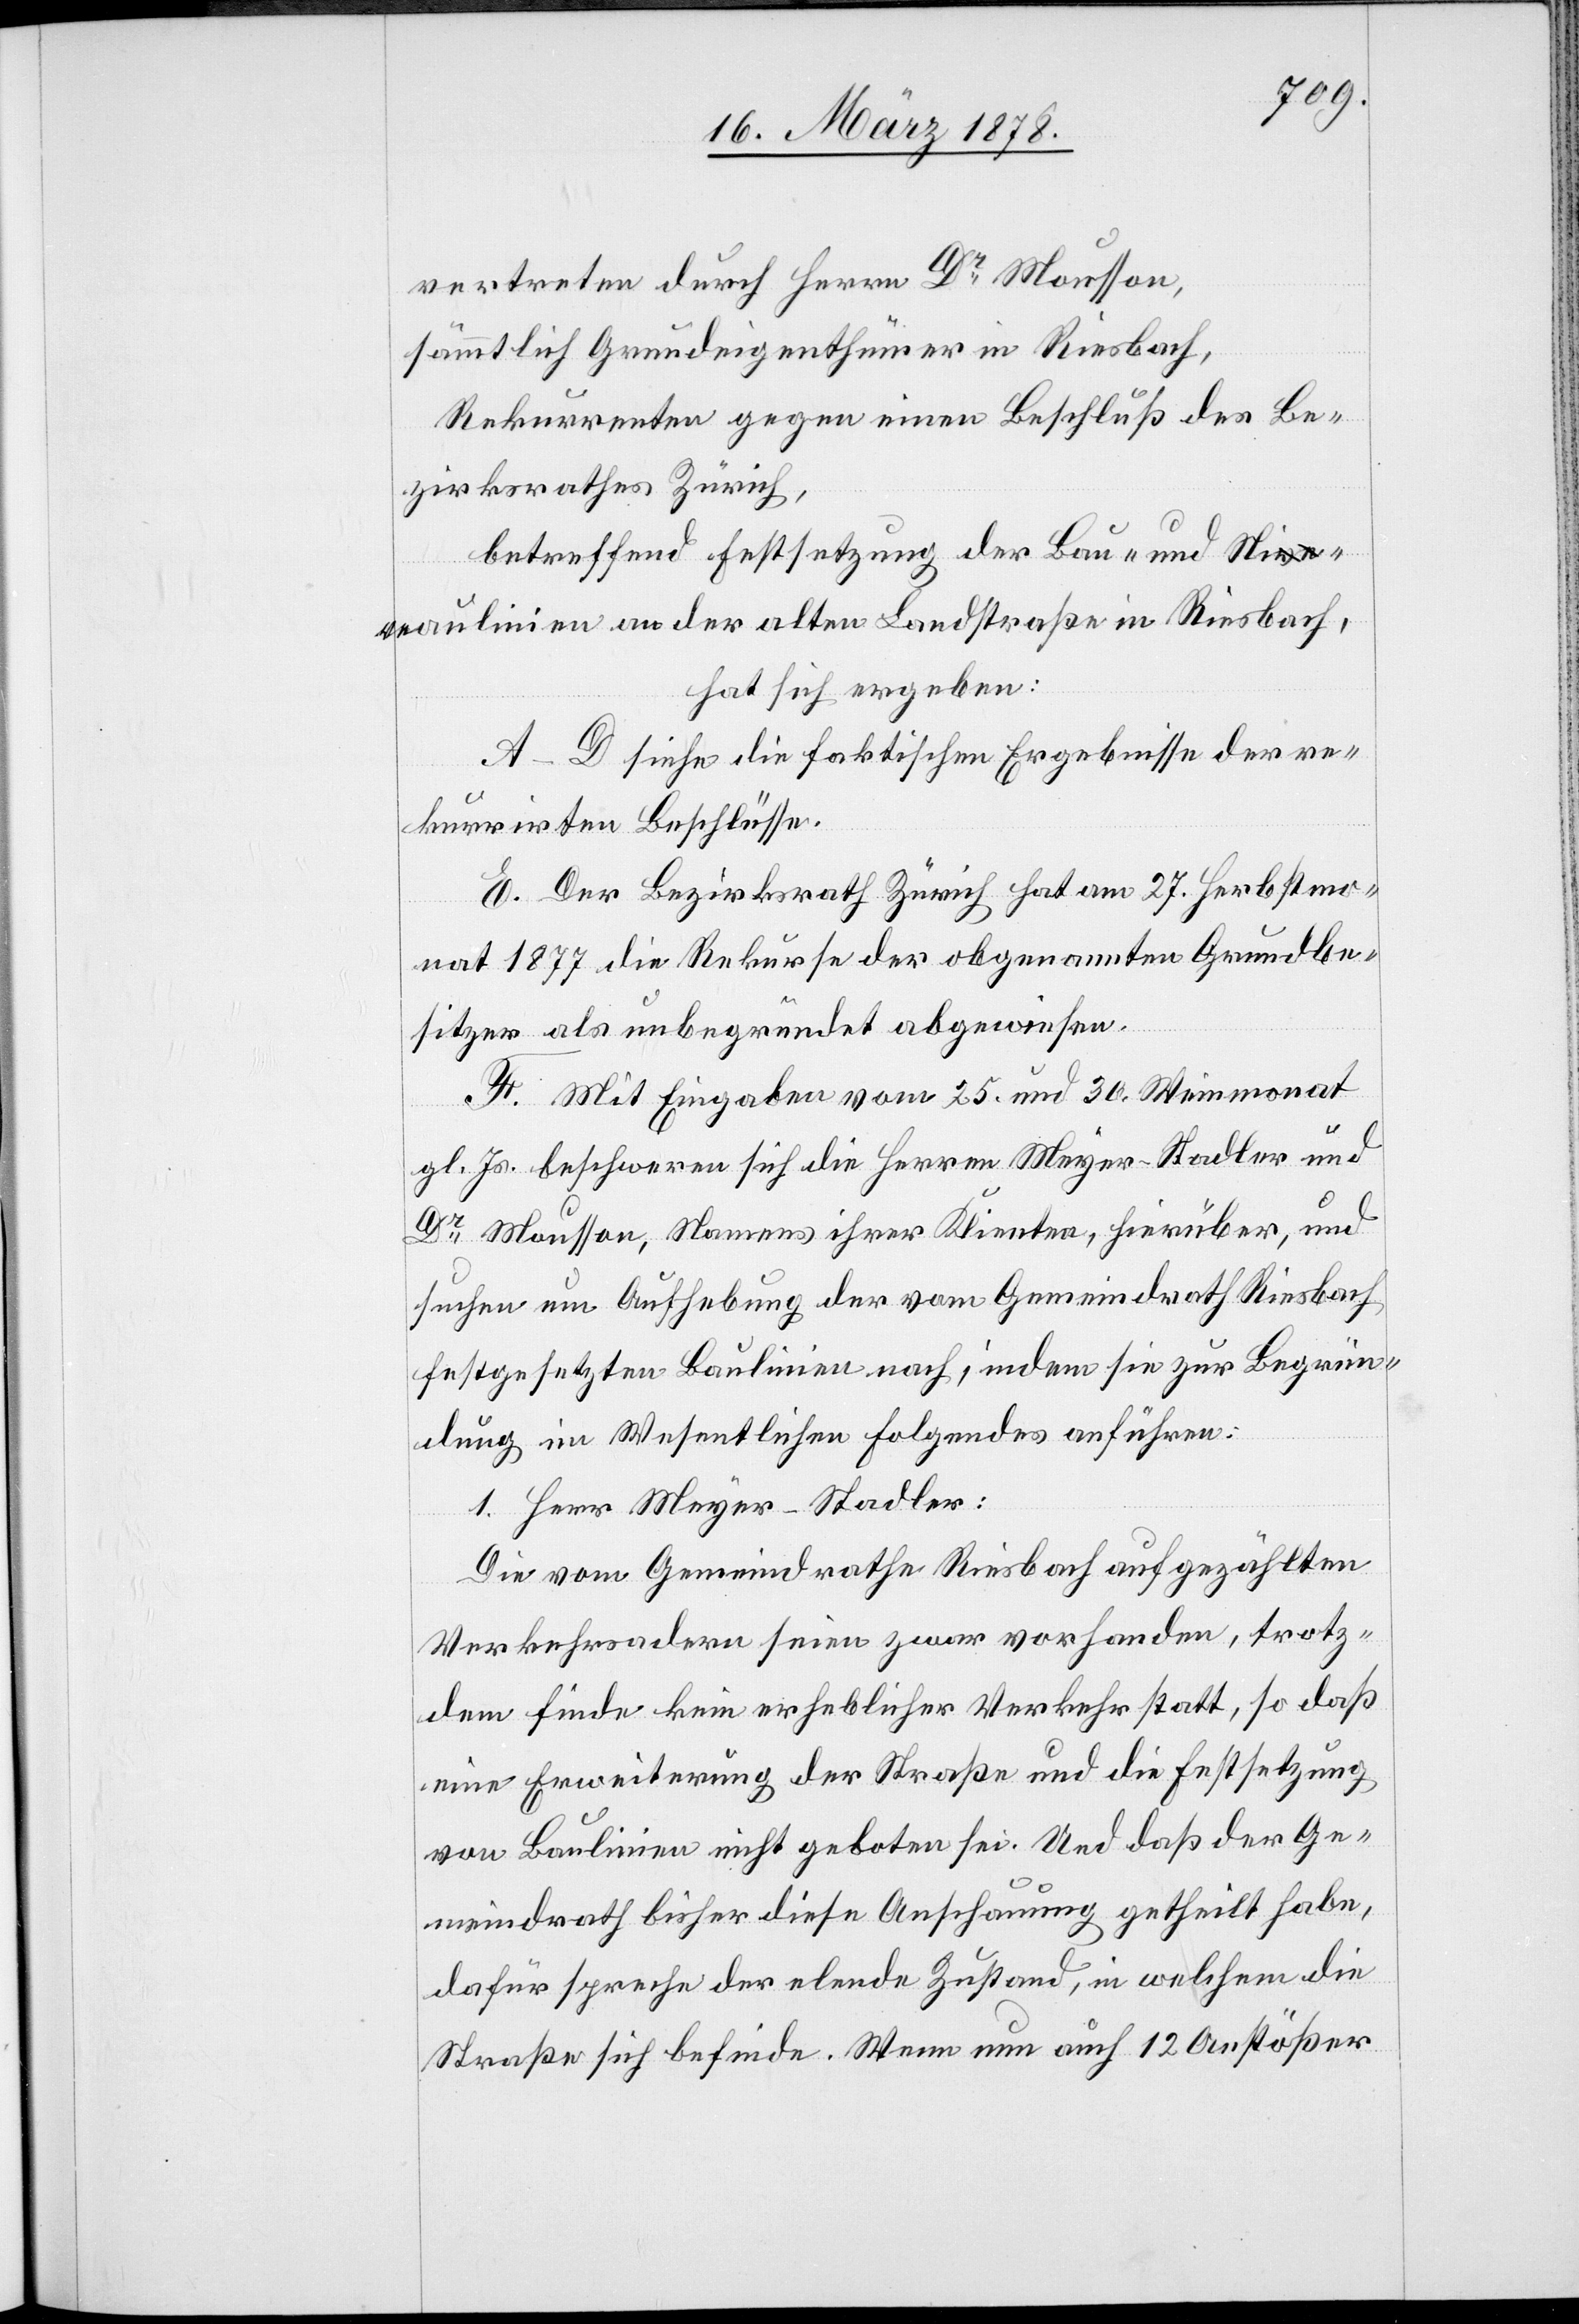
vertreten durch Herrn Dr Mousson,
sämmtlich Grundeigenthümer in Riesbach,
Rekurrenten gegen einen Beschluß des Be¬
zirksrathes Zürich,
betreffend Festsetzung der Bau- und Ni¬
veaulinien an der alten Landstraße in Riesbach,
hat sich ergeben:
A–D siehe die faktischen Ergebnisse der re¬
kurrirten Beschlüsse.
E. Der Bezirksrath Zürich hat am 27. Herbstmo¬
nat 1877 die Rekurse der obgenannten Grundbe¬
sitzer als unbegründet abgewiesen.
F. Mit Eingaben vom 25. und 30. Weinmonat
gl. Js. beschweren sich die Herren Meyer-Stadler und
Dr Mousson, Namens ihrer Klienten, hierüber, und
suchen um Aufhebung der vom Gemeindrath Riesbach
festgesetzten Baulinien nach, indem sie zur Begrün¬
dung im Wesentlichen folgendes anführen:
1. Herr Meyer-Stadler:
Die vom Gemeindrathe Riesbach aufgezählten
Verkehrsadern seien zwar vorhanden, trotz¬
dem finde kein erheblicher Verkehr statt, so daß
eine Erweiterung der Straße und die Festsetzung
von Baulinien nicht geboten sei. Und daß der Ge¬
meindrath bisher diese Anschauung getheilt habe,
dafür spreche der elende Zustand, in welchem die
Straße sich befinde. Wenn nun auch 12 Anstößer